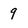
Character: 9